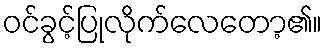
ဝင်ခွင့်ပြုလိုက်လေတော့၏။